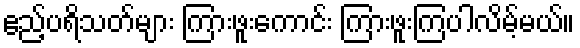
ဧည့်ပရိသတ်များ ကြားဖူးကောင်း ကြားဖူးကြပါလိမ့်မယ်။